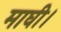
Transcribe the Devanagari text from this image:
माघी।